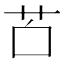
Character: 𦬲